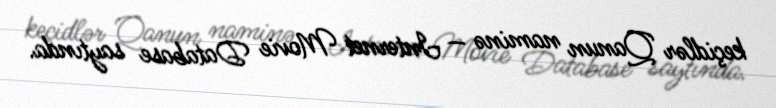
keçidlər Qanun naminə — Internet Movie Database saytında.